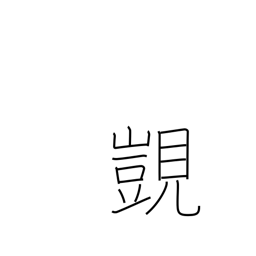
Meaning: coveting high rank